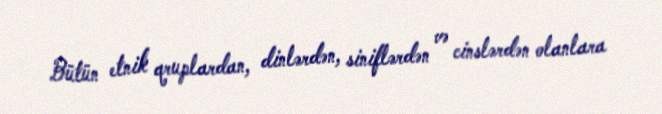
Bütün etnik qruplardan, dinlərdən, siniflərdən və cinslərdən olanlara